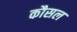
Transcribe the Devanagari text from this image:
कौसल